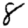
Digit: 8